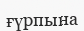
ғүрпына